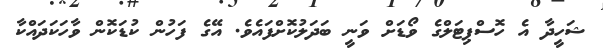
ޝަހީދާ އެ ހޮސްޕިޓަލްގެ ވޯޑަށް ވަނީ ބަދަލުކޮށްފައެެވެ. އޭގެ ފަހުން ކުޑަކޮން ވާހަކަދައްކާ